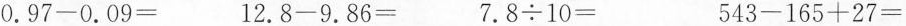
$$0 . 9 7 - 0 . 0 9 =$$ $$1 2 . 8 - 9 . 8 6 =$$ $$7 . 8 \div 1 0 =$$ $$5 4 3 - 1 6 5 + 2 7 =$$